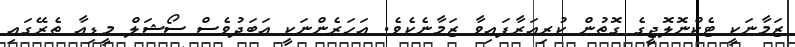
ޒަމާނަކީ ޓެކްނޮލޮޖީގެ ގޮތުން ކުރިއަރާފައިވާ ޒަމާނެކެވެ. އަހަރެންނަކީ އަބަދުވެސް ސޯޝަލް މީޑިއާ ތެރޭގައި